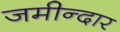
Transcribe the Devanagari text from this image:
जमीन्दार